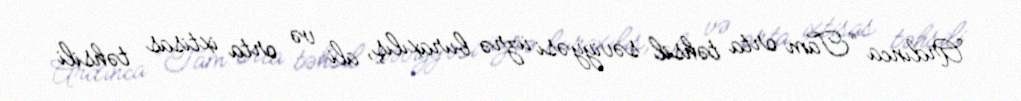
Ardınca “Tam orta təhsil səviyyəsi üzrə buraxılış, ali və orta ixtisas təhsili